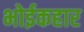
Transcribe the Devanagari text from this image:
भोईकहार